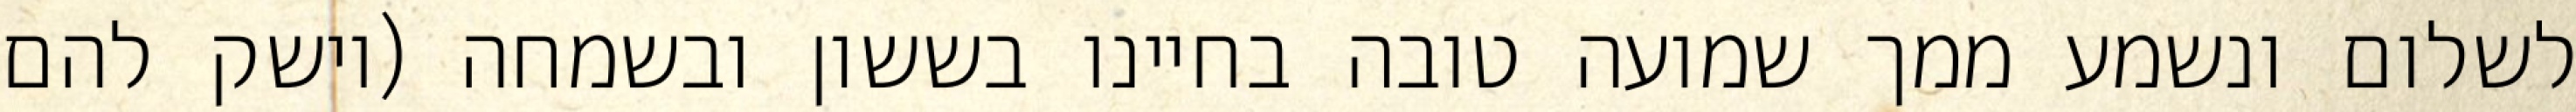
לשלום ונשמע ממך שמועה טובה בחיינו בששון ובשמחה (וישק להם